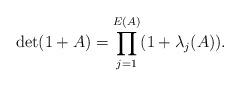
LaTeX: \begin{align*} \det(1+A) = \prod_{j=1}^{E(A)}(1+\lambda_j(A)).\end{align*}